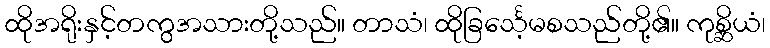
ထိုအရိုးနှင့်တကွအသားတို့သည်။ တာသံ၊ ထိုခြင်္သေ့မစသည်တို့၏။ ကုစ္ဆိယံ၊